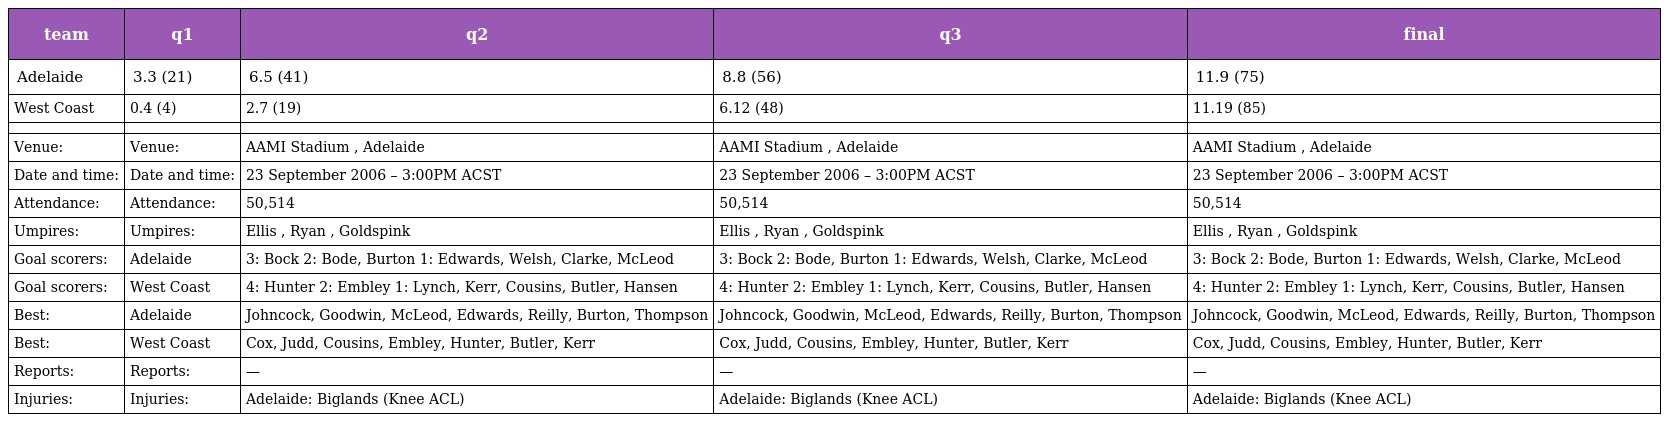
| team | q1 | q2 | q3 | final |
 | --- | --- | --- | --- | --- |
 | Adelaide | 3.3 (21) | 6.5 (41) | 8.8 (56) | 11.9 (75) |
 | West Coast | 0.4 (4) | 2.7 (19) | 6.12 (48) | 11.19 (85) |
 |  |  |  |  |  |
 | Venue: | Venue: | AAMI Stadium , Adelaide | AAMI Stadium , Adelaide | AAMI Stadium , Adelaide |
 | Date and time: | Date and time: | 23 September 2006 – 3:00PM ACST | 23 September 2006 – 3:00PM ACST | 23 September 2006 – 3:00PM ACST |
 | Attendance: | Attendance: | 50,514 | 50,514 | 50,514 |
 | Umpires: | Umpires: | Ellis , Ryan , Goldspink | Ellis , Ryan , Goldspink | Ellis , Ryan , Goldspink |
 | Goal scorers: | Adelaide | 3: Bock 2: Bode, Burton 1: Edwards, Welsh, Clarke, McLeod | 3: Bock 2: Bode, Burton 1: Edwards, Welsh, Clarke, McLeod | 3: Bock 2: Bode, Burton 1: Edwards, Welsh, Clarke, McLeod |
 | Goal scorers: | West Coast | 4: Hunter 2: Embley 1: Lynch, Kerr, Cousins, Butler, Hansen | 4: Hunter 2: Embley 1: Lynch, Kerr, Cousins, Butler, Hansen | 4: Hunter 2: Embley 1: Lynch, Kerr, Cousins, Butler, Hansen |
 | Best: | Adelaide | Johncock, Goodwin, McLeod, Edwards, Reilly, Burton, Thompson | Johncock, Goodwin, McLeod, Edwards, Reilly, Burton, Thompson | Johncock, Goodwin, McLeod, Edwards, Reilly, Burton, Thompson |
 | Best: | West Coast | Cox, Judd, Cousins, Embley, Hunter, Butler, Kerr | Cox, Judd, Cousins, Embley, Hunter, Butler, Kerr | Cox, Judd, Cousins, Embley, Hunter, Butler, Kerr |
 | Reports: | Reports: | — | — | — |
 | Injuries: | Injuries: | Adelaide: Biglands (Knee ACL) | Adelaide: Biglands (Knee ACL) | Adelaide: Biglands (Knee ACL) |